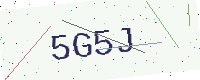
Text: 5G5J